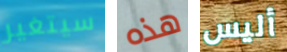
سيتغير هذه أليس